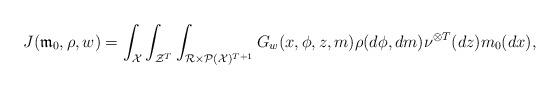
LaTeX: \begin{align*}&J(\mathfrak{m}_0, \rho, w)= \int_{\mathcal X} \int_{\mathcal Z^{T}} \int_{\mathcal{R}\times \mathcal P(\mathcal X)^{T+1}} G_w(x,\phi,z,m) \rho(d\phi,dm)\nu^{\otimes T}(dz )m_0(dx),\end{align*}